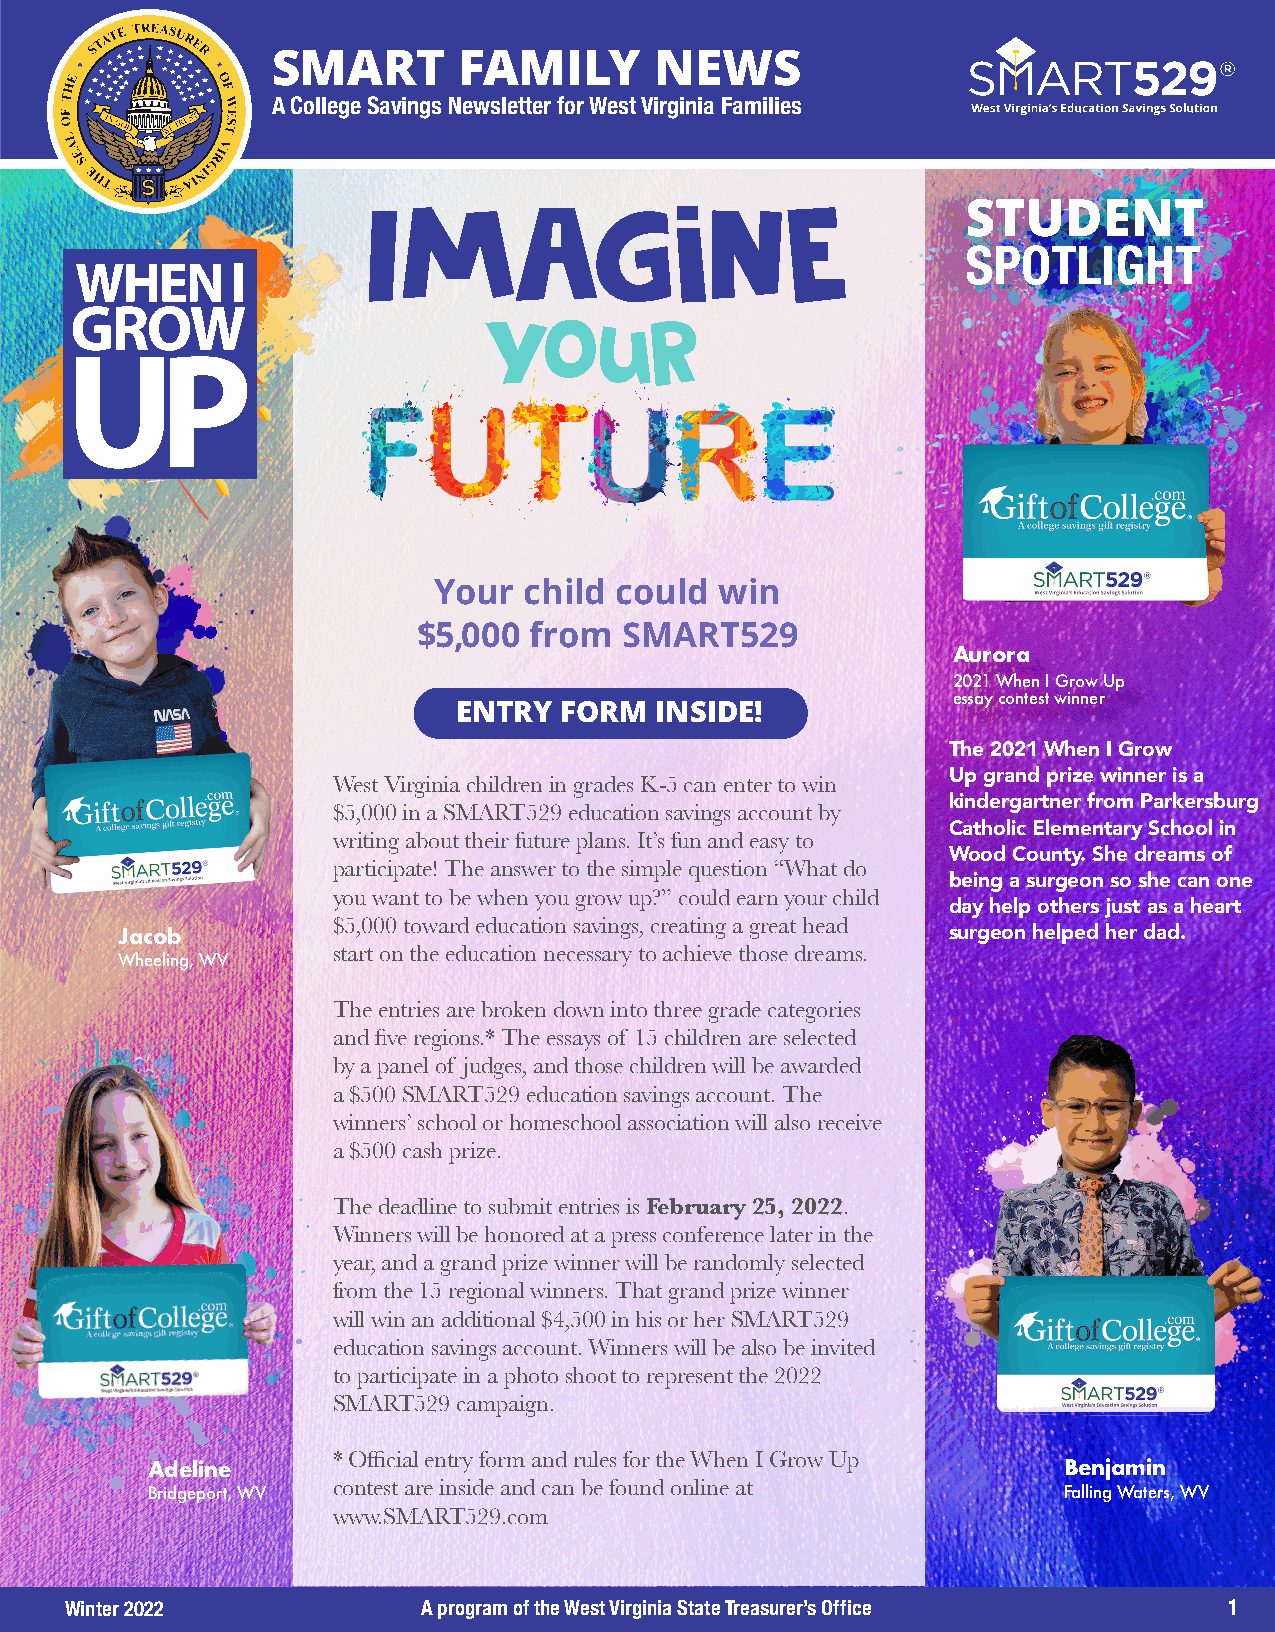
SMART       FAMILY       NEWS
 A College Savings Newsletter for West Virginia Families
 Imagine                                 STUDENT
 SPOTLIGHT
 your
 Your  child could  win
 $5,000 from  SMART529
 Aurora
 2021 When I Grow Up
 essay contest winner
 ENTRY  FORM  INSIDE!
 The 2021 When I Grow
 West Virginia children in grades K-5 can enter to win Up grand prize winner is a
 kindergartner from Parkersburg
 $5,000 in a SMART529 education savings account by
 Catholic Elementary School in
 writing about their future plans. It’s fun and easy to
 Wood County. She dreams of
 participate! The answer to the simple question “What do
 being a surgeon so she can one
 you want to be when you grow up?” could earn your child
 day help others just as a heart
 $5,000 toward education savings, creating a great head
 Jacob                                                  surgeon helped her dad.
 start on the education necessary to achieve those dreams.
 Wheeling, WV
 The entries are broken down into three grade categories
 and five regions.* The essays of 15 children are selected
 by a panel of judges, and those children will be awarded
 a $500 SMART529 education savings account. The
 winners’ school or homeschool association will also receive
 a $500 cash prize.
 The deadline to submit entries is February 25, 2022.
 Winners will be honored at a press conference later in the
 year, and a grand prize winner will be randomly selected
 from the 15 regional winners. That grand prize winner
 will win an additional $4,500 in his or her SMART529
 education savings account. Winners will be also be invited
 to participate in a photo shoot to represent the 2022
 SMART529 campaign.
 * Official entry form and rules for the When I Grow Up
 Adeline                                                     Benjamin
 Bridgeport, WV contest are inside and can be found online at Falling Waters, WV
 www.SMART529.com
 Winter 2022             A program of the West Virginia State Treasurer’s Office 1